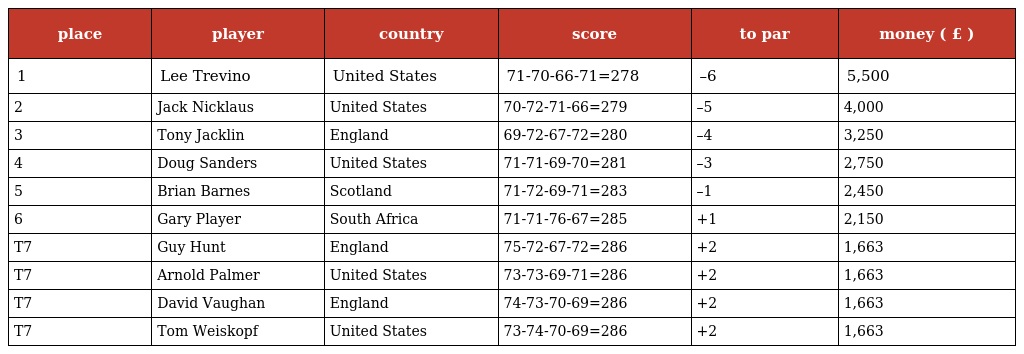
| place | player | country | score | to par | money ( £ ) |
 | --- | --- | --- | --- | --- | --- |
 | 1 | Lee Trevino | United States | 71-70-66-71=278 | –6 | 5,500 |
 | 2 | Jack Nicklaus | United States | 70-72-71-66=279 | –5 | 4,000 |
 | 3 | Tony Jacklin | England | 69-72-67-72=280 | –4 | 3,250 |
 | 4 | Doug Sanders | United States | 71-71-69-70=281 | –3 | 2,750 |
 | 5 | Brian Barnes | Scotland | 71-72-69-71=283 | –1 | 2,450 |
 | 6 | Gary Player | South Africa | 71-71-76-67=285 | +1 | 2,150 |
 | T7 | Guy Hunt | England | 75-72-67-72=286 | +2 | 1,663 |
 | T7 | Arnold Palmer | United States | 73-73-69-71=286 | +2 | 1,663 |
 | T7 | David Vaughan | England | 74-73-70-69=286 | +2 | 1,663 |
 | T7 | Tom Weiskopf | United States | 73-74-70-69=286 | +2 | 1,663 |